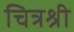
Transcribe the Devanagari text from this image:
चित्रश्री